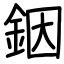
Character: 銦